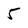
Character: 5